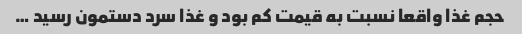
حجم غذا واقعا نسبت به قیمت کم بود و غذا سرد دستمون رسید …